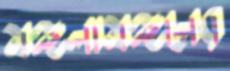
মঙ্গলামঙ্গলের